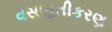
વસાહતીકરણ